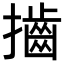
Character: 𢸡